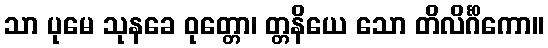
သာ ပုမေ သုနခေ ဝုတ္တော၊ တ္တနိယေ သော တိလိင်္ဂိကော။